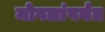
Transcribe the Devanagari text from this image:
मोगलांपर्यंत